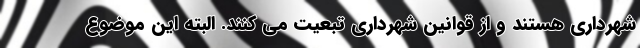
شهرداری هستند و از قوانین شهرداری تبعیت می‌ کنند. البته این موضوع